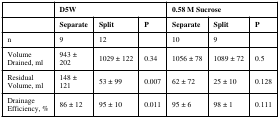
<table><thead><tr><td></td><td colspan="3"><b>D5W</b></td><td colspan="3"><b>0.58 M Sucrose</b></td></tr><tr><td></td><td><b>Separate</b></td><td><b>Split</b></td><td><b>P</b></td><td><b>Separate</b></td><td><b>Split</b></td><td><b>P</b></td></tr></thead><tbody><tr><td>n</td><td>9</td><td>12</td><td></td><td>10</td><td>9</td><td></td></tr><tr><td>VolumeDrained, ml</td><td>943 ±202</td><td>1029 ± 122</td><td>0.34</td><td>1056 ± 78</td><td>1089 ± 72</td><td>0.5</td></tr><tr><td>ResidualVolume, ml</td><td>148 ±121</td><td>53 ± 99</td><td>0.007</td><td>62 ± 72</td><td>25 ± 10</td><td>0.128</td></tr><tr><td>DrainageEfficiency, %</td><td>86 ± 12</td><td>95 ± 10</td><td>0.011</td><td>95 ± 6</td><td>98 ± 1</td><td>0.111</td></tr></tbody></table>